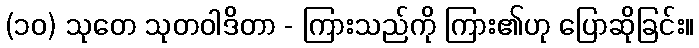
(၁၀) သုတေ သုတဝါဒိတာ - ကြားသည်ကို ကြား၏ဟု ပြောဆိုခြင်း။